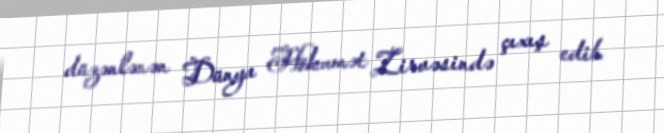
düzənlənən Dünya Hökumət Zirvəsində çıxış edib.